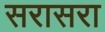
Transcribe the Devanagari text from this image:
सरासरा